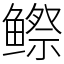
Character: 𬶭